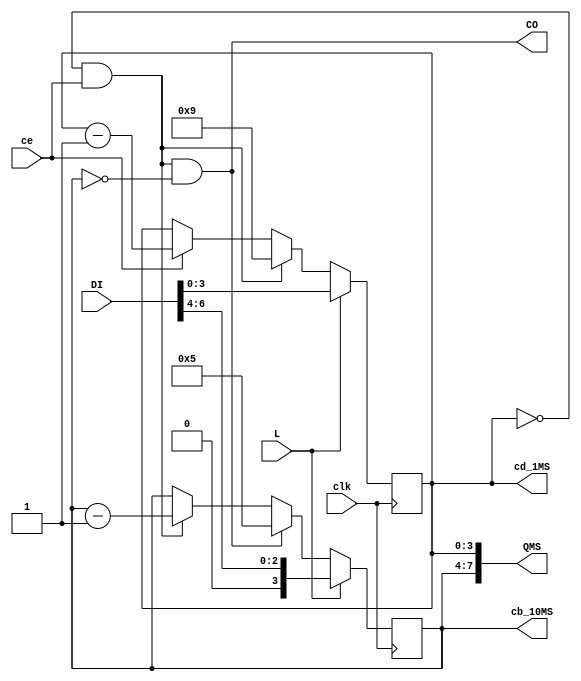
module VCDDMSLE(input clk, output wire [7:0] QMS, //
                input ce, output wire CO, //"" 
                input [6:0] DI, output reg [3:0]cd_1MS=0, //  /
                input L, output reg [3:0]cb_10MS=0);//  /

  wire CO10MS = (cd_1MS==0) & ce ; //""  /

  assign CO = CO10MS & (cb_10MS==0); //"" /
  assign QMS = {cb_10MS,cd_1MS}; // /
  
  always @ (posedge clk) begin
    cd_1MS <= L? DI[3:0] : CO10MS? 9 : ce? cd_1MS-1 : cd_1MS ;
    cb_10MS <= L? DI[6:4] : CO? 5 : CO10MS? cb_10MS-1 : cb_10MS ;
  end
endmodule